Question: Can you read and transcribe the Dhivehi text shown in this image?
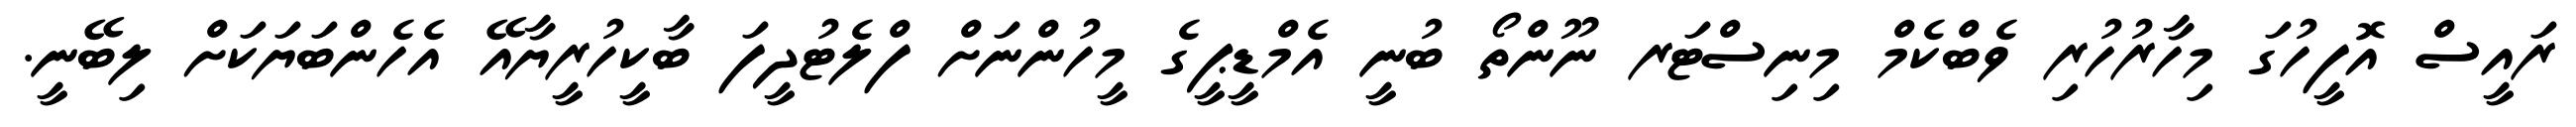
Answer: ރައީސް އޮފީހުގަ މިހާރުހުރި ވެބްކެމް މިނިސްޓަރ ނޫންތޯ ބުނީ އެމްޑީޕީގެ މީހުންނަށް ފްލެޓުދީފަ ބާކީހުރީޔާއޭ އެހެންބަޔަކަށް ލިބޭނީ.